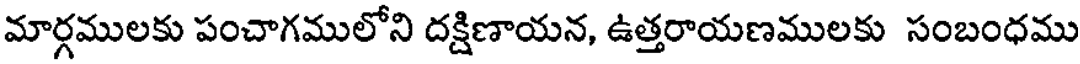
మార్గములకు పంచాగములోని దక్షిణాయన, ఉత్తరాయణములకు సంబంధము